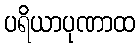
ပရိယာပုဏာထ